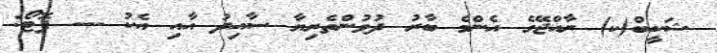
ޝަކީބް(ކ) ރާއްޖޭގެ އެންމެ ބާރު ދުވުންތެރިޔާ ސާއިދު އާއި އެކު --- ފޮޓޯ: